Emmaste_vallavalitsus, lk 6
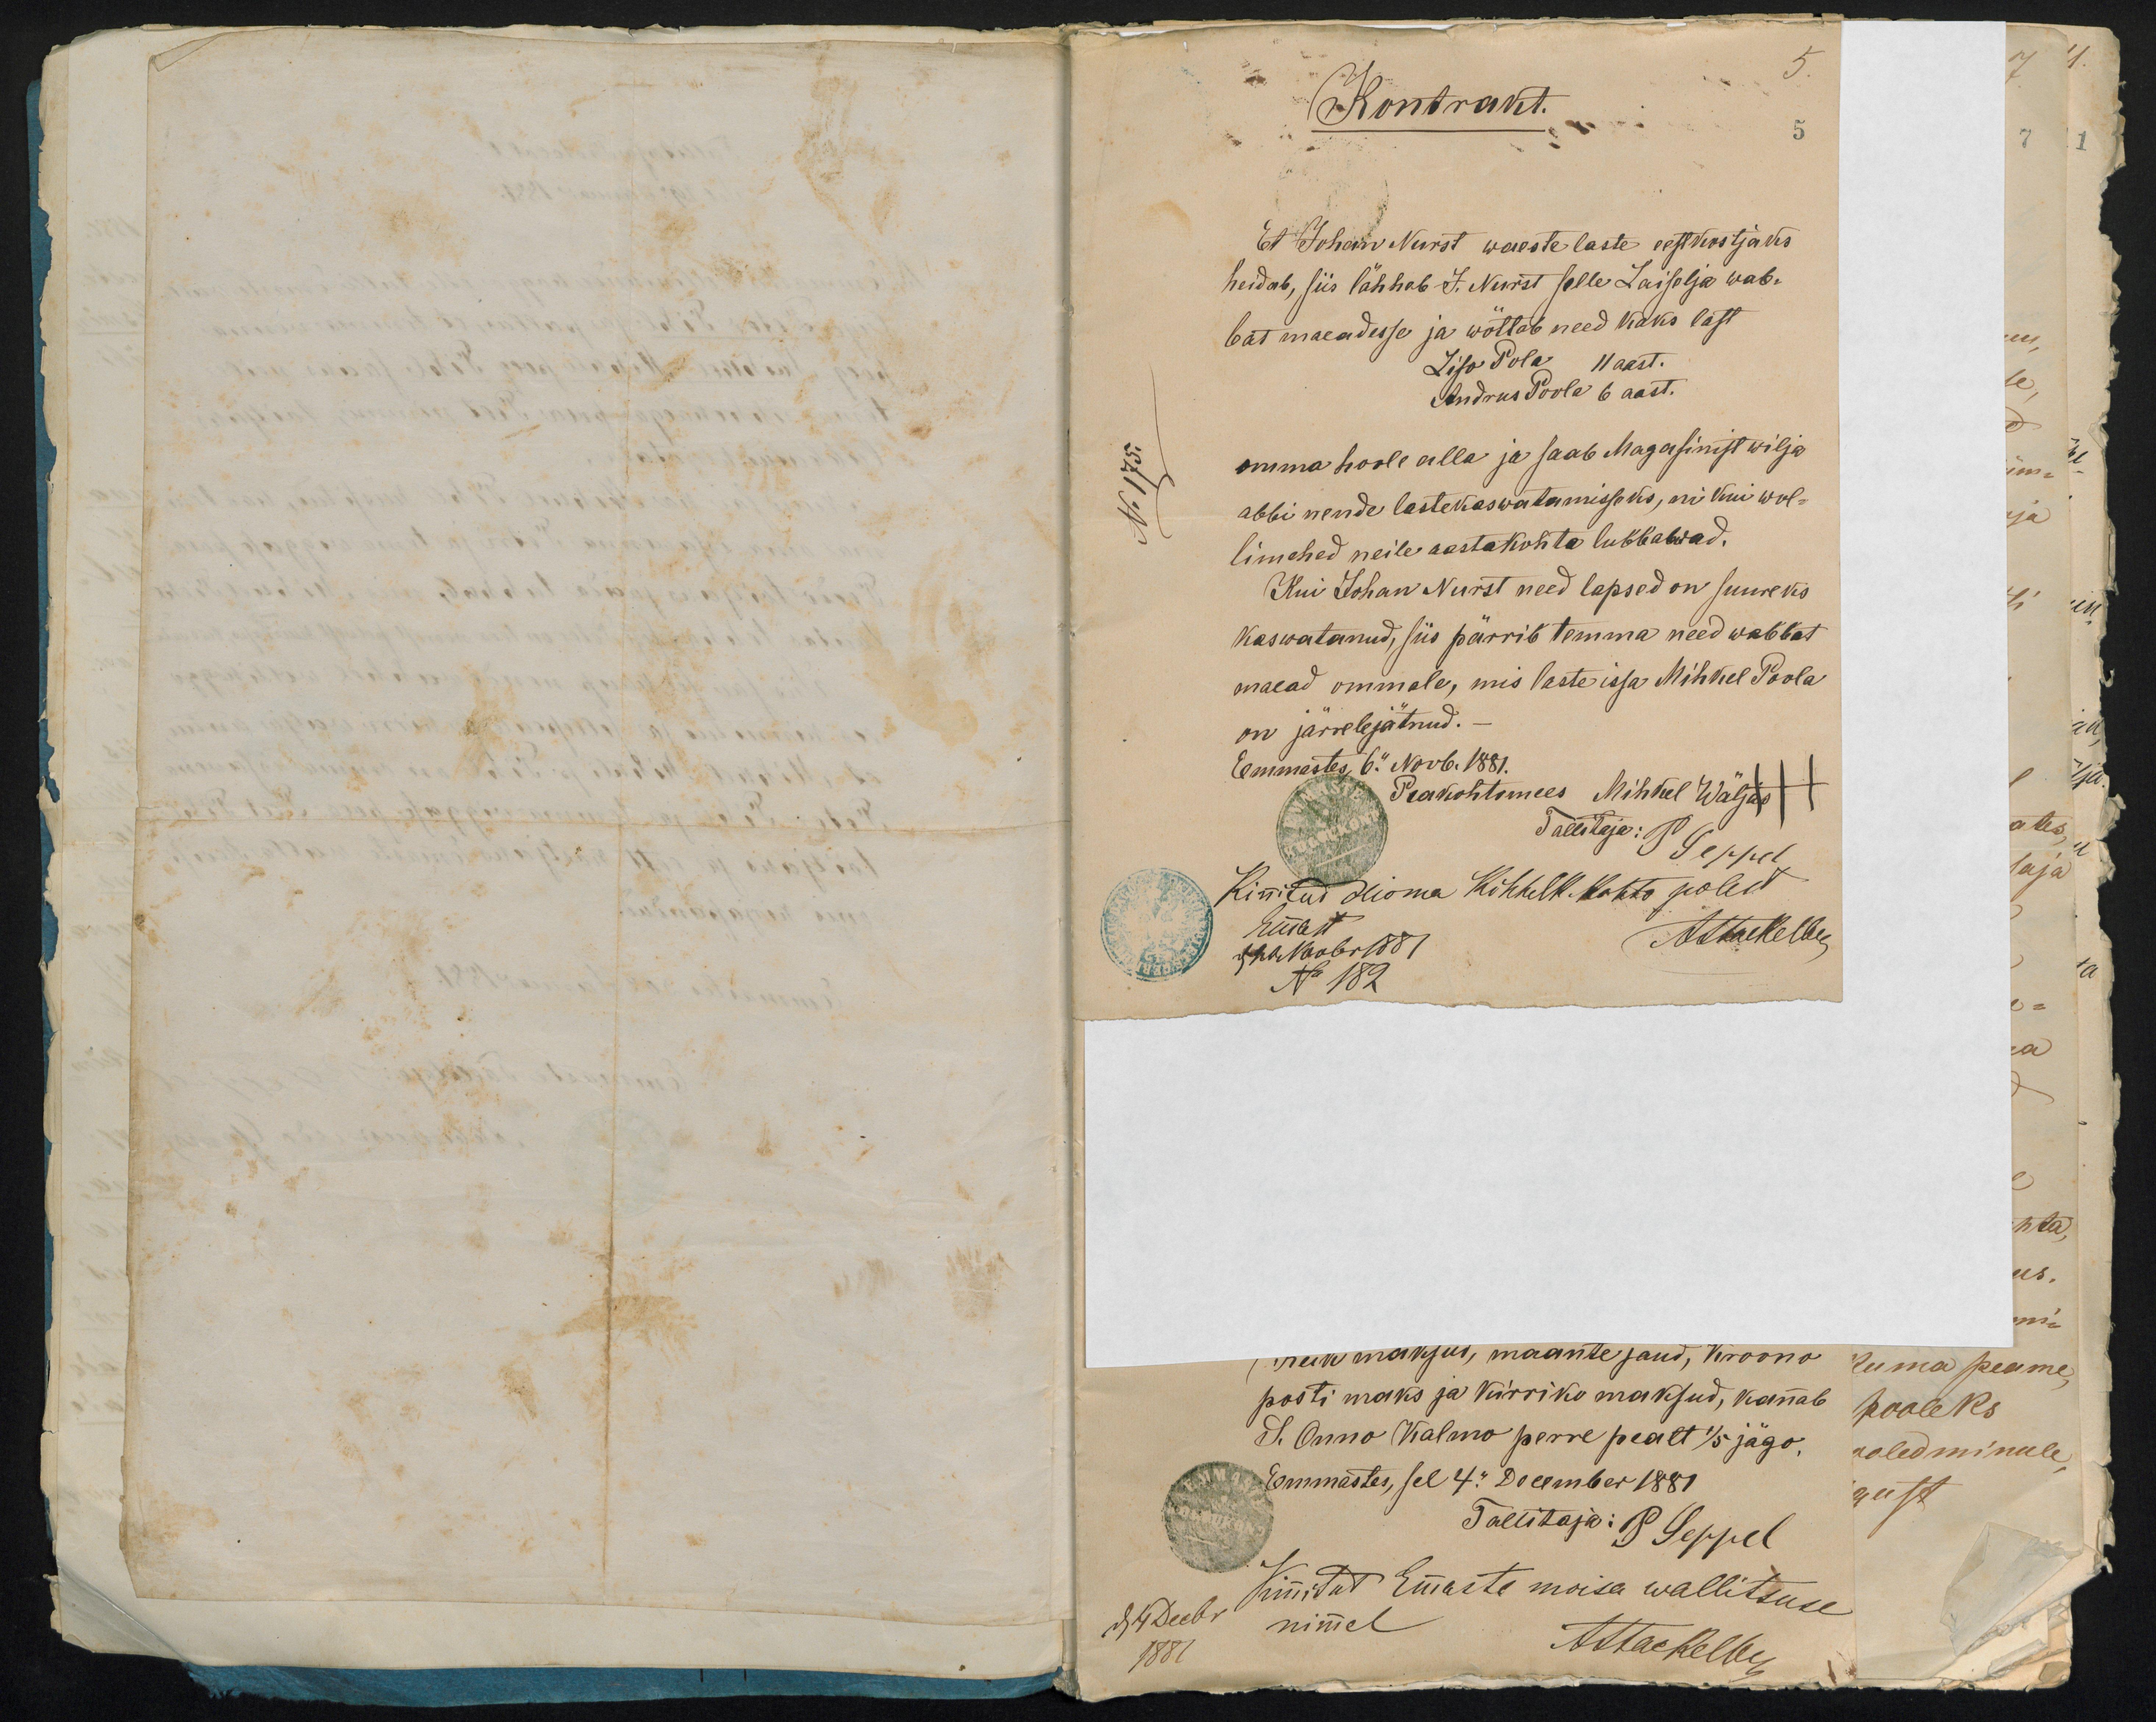
5.
Kontrakt.
5
Et Johann Nurst waeste laste eestkostjaks
heidab, siis lähhab J. Nurst selle Laiselja wab-
bat maeadesse ja wõttab need kaks last
Liso Pola 11 aast.
Andrus Poola 6 aast.
omma hoole alla ja saab Magasinist wilja
abbi nende lastekaswatamisseks, nii kui wol-
limehed neile aastakohta lubbawad.
Kui Johan Nurst need lapsed on suureks
kasvatanud, siis pärrib temma need wabbat
maead ommale, mis laste issa Mihkel Poola
on järrele jätnud.
Emmastes, 6. Novb. 1881.
Peakohtumees Mihkel Wäljas +++
Tallitaja: P. Seppel
Kinnitud Hioma Kihhelk. Kohto polest
Emmast
den 20 Novbr 1881
Atsaikelbe
No 182

1) hein maksus, maante jaud, Viroona
posti maks ja kirriko maksud, kannab
S. Onno Kalmo perre pealt 1/5 jägo,
Emmastes, sel 4." December 1881
Tallitaja: P. Seppel
sel 4 Decbr
Kinitud Emmaste moisa wallitsuse
nimmel
1881
Attackelbe